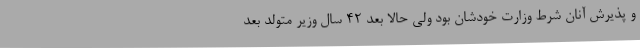
و پذیرش آنان شرط وزارت خودشان بود ولی حالا بعد 42 سال وزیر متولد بعد